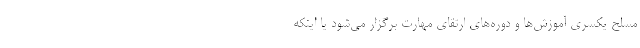
مسلح یکسری آموزش‌ها و دوره‌های ارتقای مهارت برگزار می‌شود یا اینکه